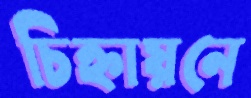
চিহ্নায়নে